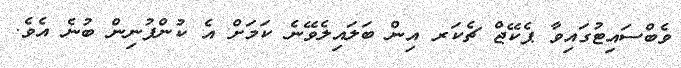
ވެބްސައިޓުގައިވާ ޕެކޭޖް ޗެކަރ އިން ބަލައިލެވޭނެ ކަމަށް އެ ކުންފުނިން ބުނެ އެވެ.